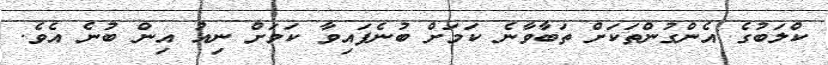
ކްލަބުގެ އެންގުންތަކަށް ތަބާވާނެ ކަމަށް ބުނެފައިވާ ކަމަށް ނިއު އިން ބުނެ އެވެ.